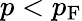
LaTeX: p<p_{\mathrm{{F}}}